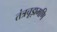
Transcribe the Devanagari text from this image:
तंत्रचूड़ामणि